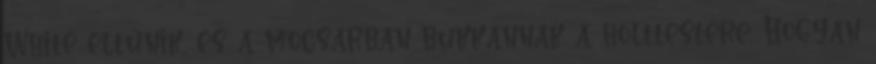
White eltűnik, és a mocsárban bukkannak a holttestére. Hogyan